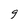
Character: 9